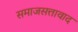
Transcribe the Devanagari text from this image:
समाजसत्तावाद